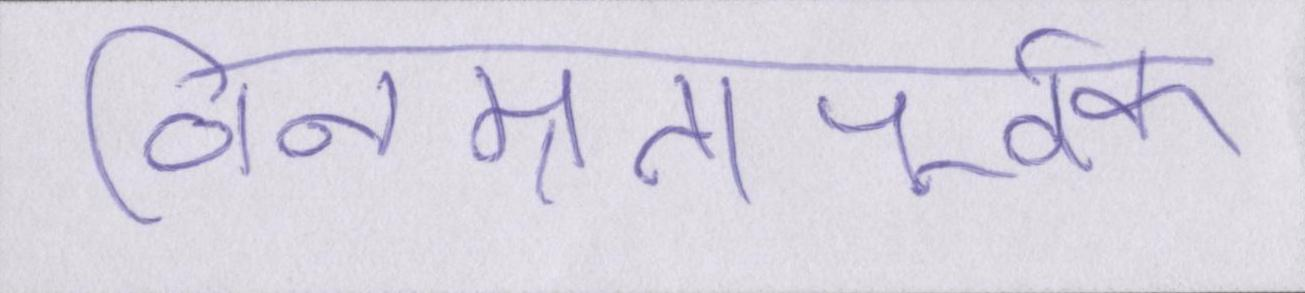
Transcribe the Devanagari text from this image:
विनम्रतापूर्वक